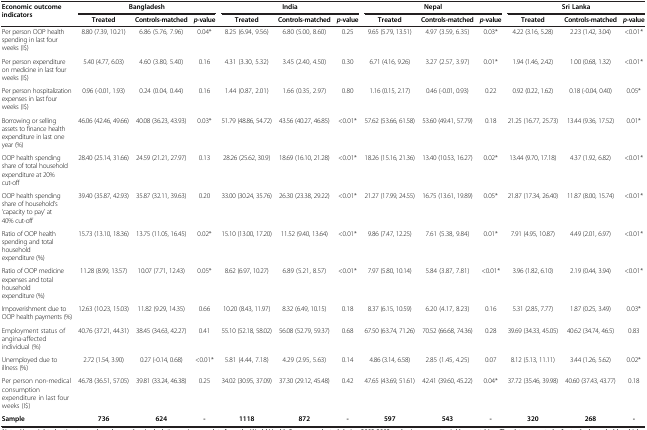
<table><thead><tr><td rowspan="2"><b>Economic outcome indicators</b></td><td colspan="3"><b>Bangladesh</b></td><td colspan="3"><b>India</b></td><td colspan="3"><b>Nepal</b></td><td colspan="3"><b>Sri Lanka</b></td></tr><tr><td><b>Treated</b></td><td><b>Controls-matched</b></td><td><b><i>p</i>-value</b></td><td><b>Treated</b></td><td><b>Controls-matched</b></td><td><b><i>p</i>-value</b></td><td><b>Treated</b></td><td><b>Controls-matched</b></td><td><b><i>p</i>-value</b></td><td><b>Treated</b></td><td><b>Controls-matched</b></td><td><b><i>p</i>-value</b></td></tr></thead><tbody><tr><td>Per person OOP health spending in last four weeks (I$)</td><td>8.80 (7.39, 10.21)</td><td>6.86 (5.76, 7.96)</td><td>0.04*</td><td>8.25 (6.94, 9.56)</td><td>6.80 (5.00, 8.60)</td><td>0.25</td><td>9.65 (5.79, 13.51)</td><td>4.97 (3.59, 6.35)</td><td>0.03*</td><td>4.22 (3.16, 5.28)</td><td>2.23 (1.42, 3.04)</td><td>&lt;0.01*</td></tr><tr><td>Per person expenditure on medicine in last four weeks (I$)</td><td>5.40 (4.77, 6.03)</td><td>4.60 (3.80, 5.40)</td><td>0.16</td><td>4.31 (3.30, 5.32)</td><td>3.45 (2.40, 4.50)</td><td>0.30</td><td>6.71 (4.16, 9.26)</td><td>3.27 (2.57, 3.97)</td><td>0.01*</td><td>1.94 (1.46, 2.42)</td><td>1.00 (0.68, 1.32)</td><td>&lt;0.01*</td></tr><tr><td>Per person hospitalization expenses in last four weeks (I$)</td><td>0.96 (-0.01, 1.93)</td><td>0.24 (0.04, 0.44)</td><td>0.16</td><td>1.44 (0.87, 2.01)</td><td>1.66 (0.35, 2.97)</td><td>0.80</td><td>1.16 (0.15, 2.17)</td><td>0.46 (-0.01, 0.93)</td><td>0.22</td><td>0.92 (0.22, 1.62)</td><td>0.18 (-0.04, 0.40)</td><td>0.05*</td></tr><tr><td>Borrowing or selling assets to finance health expenditure in last one year (%)</td><td>46.06 (42.46, 49.66)</td><td>40.08 (36.23, 43.93)</td><td>0.03*</td><td>51.79 (48.86, 54.72)</td><td>43.56 (40.27, 46.85)</td><td>&lt;0.01*</td><td>57.62 (53.66, 61.58)</td><td>53.60 (49.41, 57.79)</td><td>0.18</td><td>21.25 (16.77, 25.73)</td><td>13.44 (9.36, 17.52)</td><td>0.01*</td></tr><tr><td>OOP health spending share of total household expenditure at 20% cut-off</td><td>28.40 (25.14, 31.66)</td><td>24.59 (21.21, 27.97)</td><td>0.13</td><td>28.26 (25.62, 30.9)</td><td>18.69 (16.10, 21.28)</td><td>&lt;0.01*</td><td>18.26 (15.16, 21.36)</td><td>13.40 (10.53, 16.27)</td><td>0.02*</td><td>13.44 (9.70, 17.18)</td><td>4.37 (1.92, 6.82)</td><td>&lt;0.01*</td></tr><tr><td>OOP health spending share of household’s ‘capacity to pay’ at 40% cut-off</td><td>39.40 (35.87, 42.93)</td><td>35.87 (32.11, 39.63)</td><td>0.20</td><td>33.00 (30.24, 35.76)</td><td>26.30 (23.38, 29.22)</td><td>&lt;0.01*</td><td>21.27 (17.99, 24.55)</td><td>16.75 (13.61, 19.89)</td><td>0.05*</td><td>21.87 (17.34, 26.40)</td><td>11.87 (8.00, 15.74)</td><td>&lt;0.01*</td></tr><tr><td>Ratio of OOP health spending and total household expenditure (%)</td><td>15.73 (13.10, 18.36)</td><td>13.75 (11.05, 16.45)</td><td>0.02*</td><td>15.10 (13.00, 17.20)</td><td>11.52 (9.40, 13.64)</td><td>&lt;0.01*</td><td>9.86 (7.47, 12.25)</td><td>7.61 (5.38, 9.84)</td><td>0.01*</td><td>7.91 (4.95, 10.87)</td><td>4.49 (2.01, 6.97)</td><td>&lt;0.01*</td></tr><tr><td>Ratio of OOP medicine expenses and total household expenditure (%)</td><td>11.28 (8.99, 13.57)</td><td>10.07 (7.71, 12.43)</td><td>0.05*</td><td>8.62 (6.97, 10.27)</td><td>6.89 (5.21, 8.57)</td><td>&lt;0.01*</td><td>7.97 (5.80, 10.14)</td><td>5.84 (3.87, 7.81)</td><td>&lt;0.01*</td><td>3.96 (1.82, 6.10)</td><td>2.19 (0.44, 3.94)</td><td>&lt;0.01*</td></tr><tr><td>Impoverishment due to OOP health payments (%)</td><td>12.63 (10.23, 15.03)</td><td>11.82 (9.29, 14.35)</td><td>0.66</td><td>10.20 (8.43, 11.97)</td><td>8.32 (6.49, 10.15)</td><td>0.18</td><td>8.37 (6.15, 10.59)</td><td>6.20 (4.17, 8.23)</td><td>0.16</td><td>5.31 (2.85, 7.77)</td><td>1.87 (0.25, 3.49)</td><td>0.03*</td></tr><tr><td>Employment status of angina-affected individual (%)</td><td>40.76 (37.21, 44.31)</td><td>38.45 (34.63, 42.27)</td><td>0.41</td><td>55.10 (52.18, 58.02)</td><td>56.08 (52.79, 59.37)</td><td>0.68</td><td>67.50 (63.74, 71.26)</td><td>70.52 (66.68, 74.36)</td><td>0.28</td><td>39.69 (34.33, 45.05)</td><td>40.62 (34.74, 46.5)</td><td>0.83</td></tr><tr><td>Unemployed due to illness (%)</td><td>2.72 (1.54, 3.90)</td><td>0.27 (-0.14, 0.68)</td><td>&lt;0.01*</td><td>5.81 (4.44, 7.18)</td><td>4.29 (2.95, 5.63)</td><td>0.14</td><td>4.86 (3.14, 6.58)</td><td>2.85 (1.45, 4.25)</td><td>0.07</td><td>8.12 (5.13, 11.11)</td><td>3.44 (1.26, 5.62)</td><td>0.02*</td></tr><tr><td>Per person non-medical consumption expenditure in last four weeks (I$)</td><td>46.78 (36.51, 57.05)</td><td>39.81 (33.24, 46.38)</td><td>0.25</td><td>34.02 (30.95, 37.09)</td><td>37.30 (29.12, 45.48)</td><td>0.42</td><td>47.65 (43.69, 51.61)</td><td>42.41 (39.60, 45.22)</td><td>0.04*</td><td>37.72 (35.46, 39.98)</td><td>40.60 (37.43, 43.77)</td><td>0.18</td></tr><tr><td><b>Sample</b></td><td><b>736</b></td><td><b>624</b></td><td><b>-</b></td><td><b>1118</b></td><td><b>872</b></td><td><b>-</b></td><td><b>597</b></td><td><b>543</b></td><td><b>-</b></td><td><b>320</b></td><td><b>268</b></td><td><b>-</b></td></tr></tbody></table>